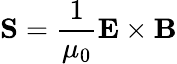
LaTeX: \mathbf{S}={\frac{1}{\mu_{0}}}\mathbf{E}\times\mathbf{B}